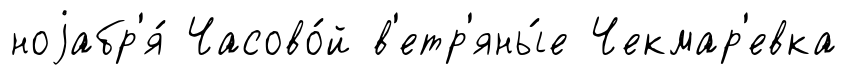
ноjабр'я́ Часово́й в'етр'яны́е Чекмар'евка